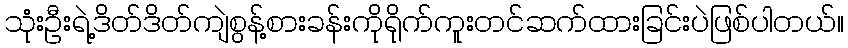
သုံးဦးရဲ့ဒိတ်ဒိတ်ကျဲစွန့်စားခန်းကိုရိုက်ကူးတင်ဆက်ထားခြင်းပဲဖြစ်ပါတယ်။